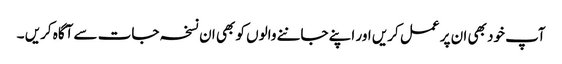
آپ خود بھی ان پر عمل کریں اور اپنے جاننے والوں کو بھی ان نسخہ جات سے آگاہ کریں ۔